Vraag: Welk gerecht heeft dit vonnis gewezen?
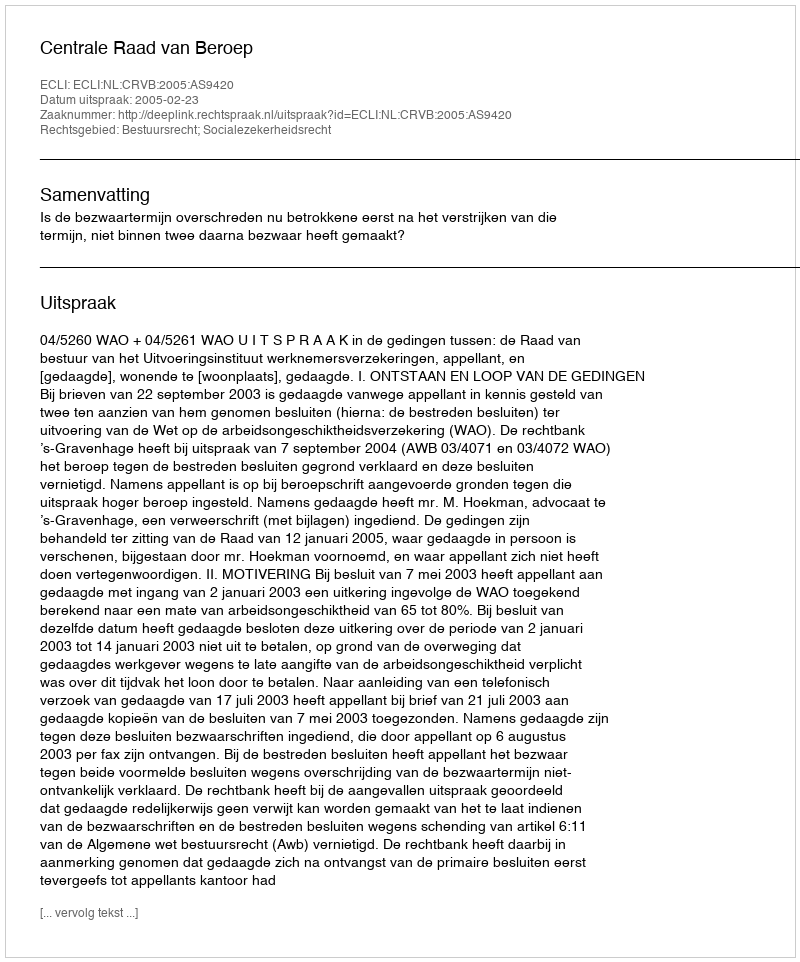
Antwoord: Centrale Raad van Beroep